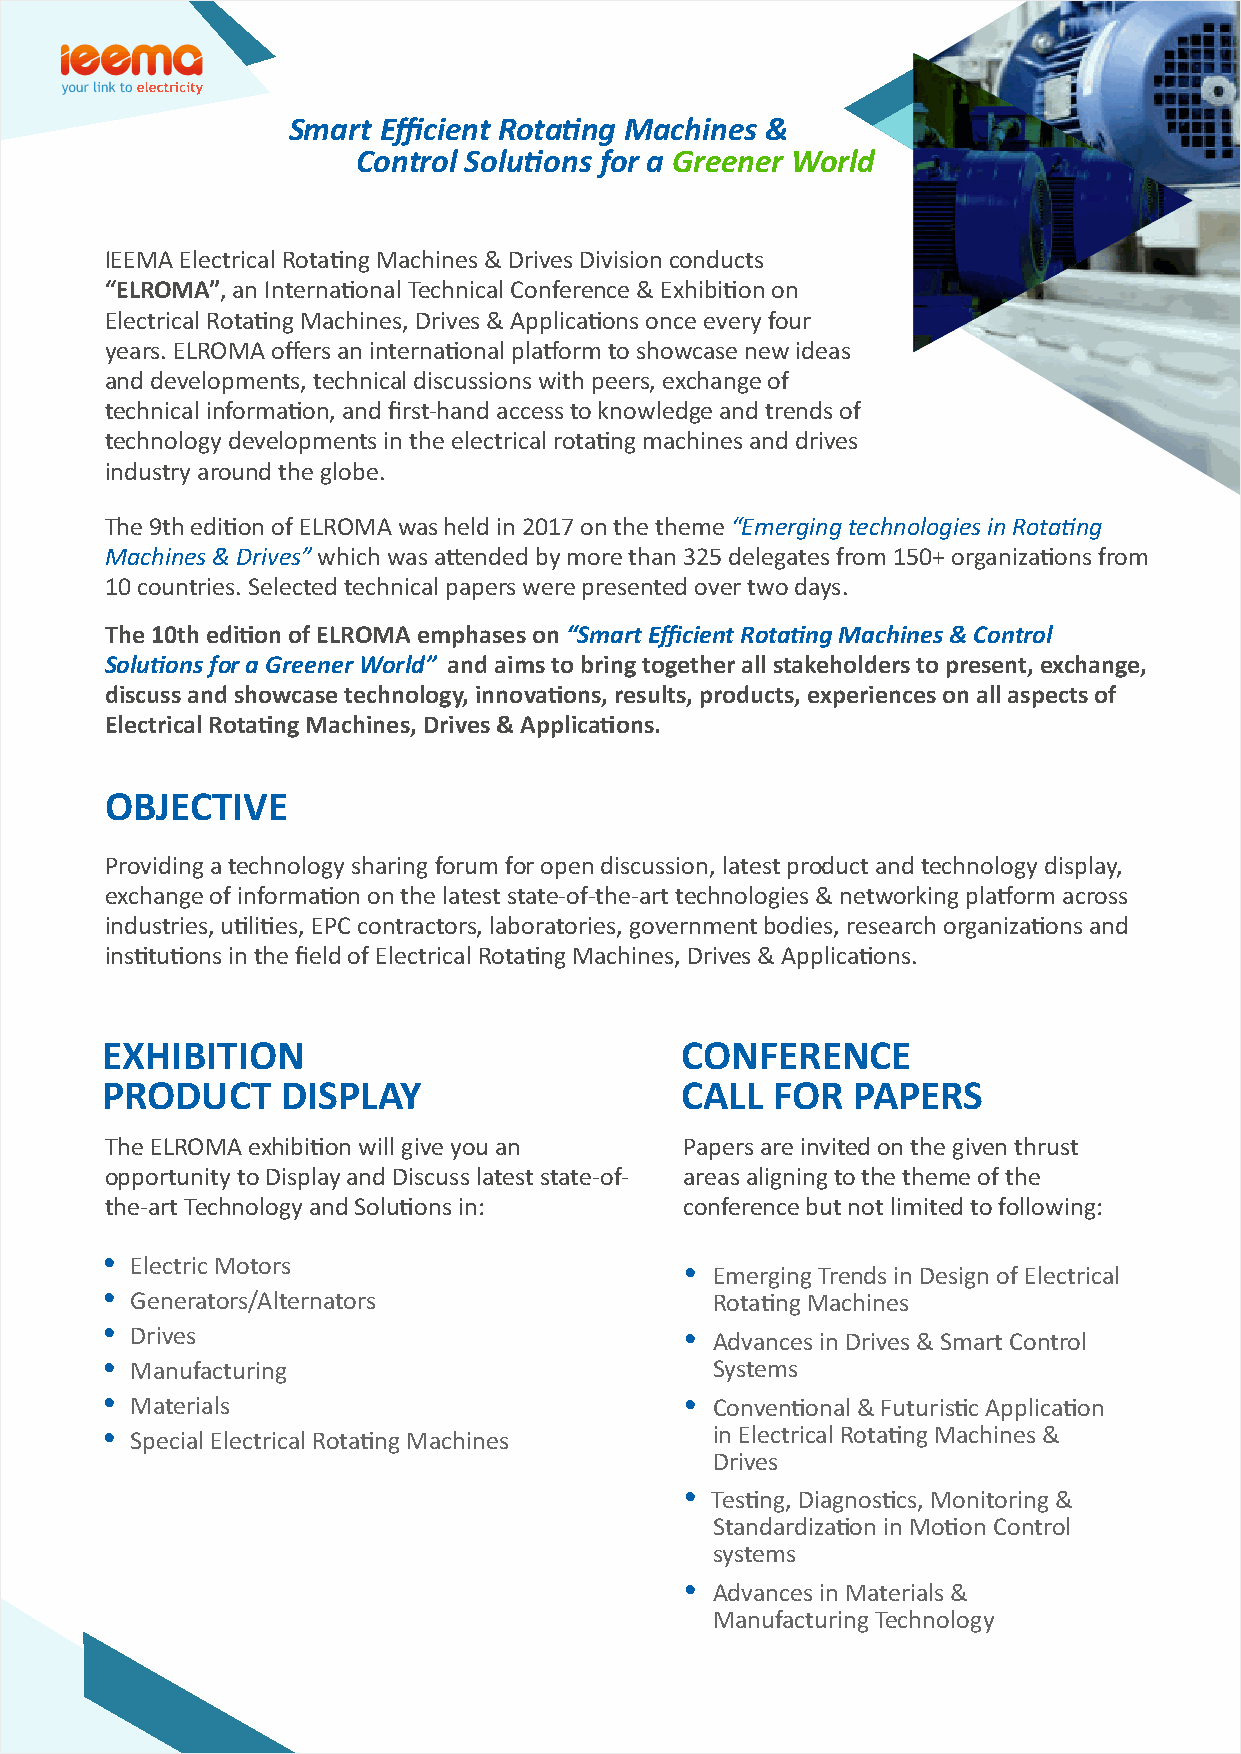
Smart Efficient Rotang Machines &
 Control Soluons for a Greener World
 IEEMA Electrical Rotang Machines & Drives Division conducts
 “ELROMA”, an Internaonal Technical Conference & Exhibion on
 Electrical Rotang Machines, Drives & Applicaons once every four
 years. ELROMA offers an internaonal plaorm to showcase new ideas
 and developments, technical discussions with peers, exchange of
 technical informaon, and first-hand access to knowledge and trends of
 technology developments in the electrical rotang machines and drives
 industry around the globe.
 The 9th edion of ELROMA was held in 2017 on the theme “Emerging technologies in Rotang
 Machines & Drives” which was aended by more than 325 delegates from 150+ organizaons from
 10 countries. Selected technical papers were presented over two days.
 The 10th edion of ELROMA emphases on “Smart Efficient Rotang Machines & Control
 Soluons for a Greener World” and aims to bring together all stakeholders to present, exchange,
 discuss and showcase technology, innovaons, results, products, experiences on all aspects of
 Electrical Rotang Machines, Drives & Applicaons.
 OBJECTIVE
 Providing a technology sharing forum for open discussion, latest product and technology display,
 exchange of informaon on the latest state-of-the-art technologies & networking plaorm across
 industries, ulies, EPC contractors, laboratories, government bodies, research organizaons and
 instuons in the field of Electrical Rotang Machines, Drives & Applicaons.
 EXHIBITION                            CONFERENCE
 PRODUCT     DISPLAY                   CALL  FOR  PAPERS
 The ELROMA exhibion will give you an Papers are invited on the given thrust
 opportunity to Display and Discuss latest state-of- areas aligning to the theme of the
 the-art Technology and Soluons in:   conference but not limited to following:
 Ÿ Electric Motors                     Ÿ Emerging Trends in Design of Electrical
 Ÿ Generators/Alternators                Rotang Machines
 Ÿ Drives                              Ÿ Advances in Drives & Smart Control
 Ÿ Manufacturing                         Systems
 Ÿ Materials                           Ÿ Convenonal & Futurisc Applicaon
 Ÿ Special Electrical Rotang Machines   in Electrical Rotang Machines &
 Drives
 Ÿ Tesng, Diagnoscs, Monitoring &
 Standardizaon in Moon Control
 systems
 Ÿ Advances in Materials &
 Manufacturing Technology